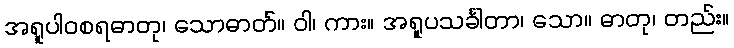
အရူပါဝစရဓာတု၊ သောဓာတ်။ ဝါ၊ ကား။ အရူပသင်္ခါတာ၊ သော။ ဓာတု၊ တည်း။